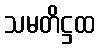
သမတိဋ္ဌထ